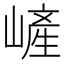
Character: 嵼